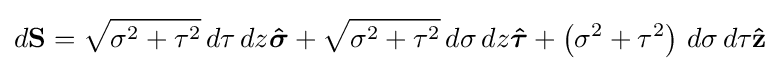
d\mathbf {S} ={\sqrt {\sigma ^{2}+\tau ^{2}}}\,d\tau \,dz{\boldsymbol {\hat {\sigma }}}+{\sqrt {\sigma ^{2}+\tau ^{2}}}\,d\sigma \,dz{\boldsymbol {\hat {\tau }}}+\left(\sigma ^{2}+\tau ^{2}\right)\,d\sigma \,d\tau \mathbf {\hat {z}}